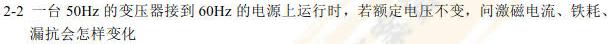
2 - 2 一台 50Hz 的变压器接到 60Hz 的电源上运行时，若额定电压不变，问激磁电流、铁耗、漏抗会怎样变化